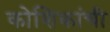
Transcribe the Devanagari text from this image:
कोशिकांची